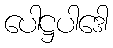
ပေါဋ္ဌပါဒေါ